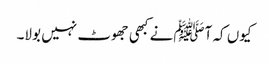
کیوں کہ آﷺنے کبھی جھوٹ نہیں بولا۔